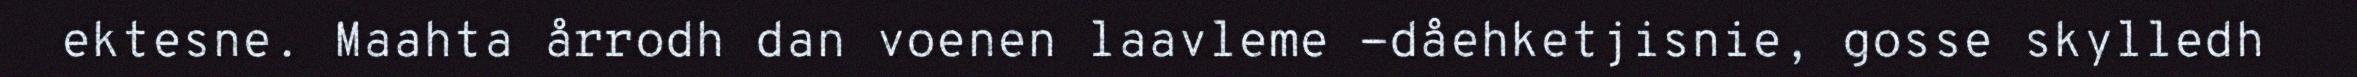
ektesne. Maahta årrodh dan voenen laavleme -dåehketjisnie, gosse skylledh